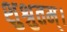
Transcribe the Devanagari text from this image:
शुश्रुतम्।